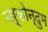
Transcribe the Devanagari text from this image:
नर्कोन्दुम